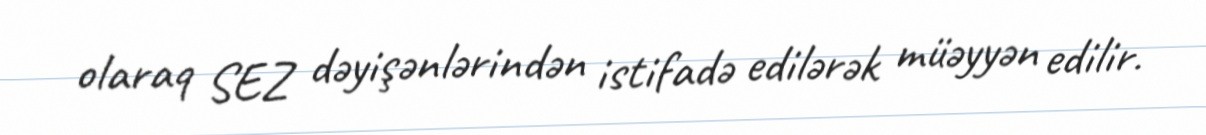
olaraq SEZ dəyişənlərindən istifadə edilərək müəyyən edilir.